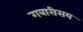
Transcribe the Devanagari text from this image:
गबारीसय